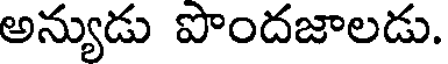
అన్యుడు పొందజాలడు.